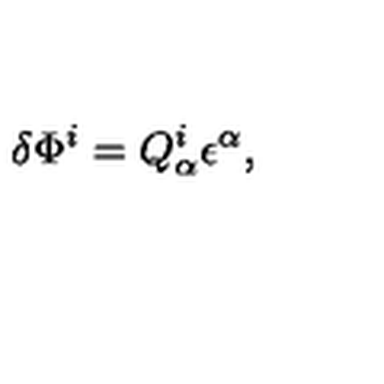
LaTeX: \delta \Phi ^ { i } = Q _ { \alpha } ^ { i } \epsilon ^ { \alpha } ,